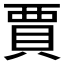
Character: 賈